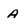
Character: A